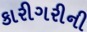
કારીગરીની